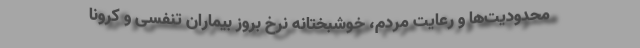
محدودیت‌ها و رعایت مردم، خوشبختانه نرخ بروز بیماران تنفسی و کرونا